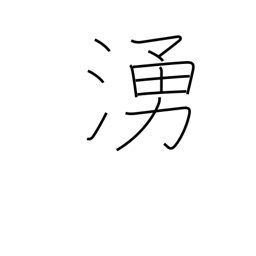
Meaning: uproar